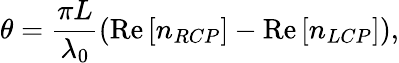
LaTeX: \theta=\frac{\pi L}{\lambda_{0}}\left(\mathrm{Re}\left[n_{RCP}\right]-\mathrm{Re}\left[n_{LCP}\right]\right),